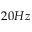
2 0 H z